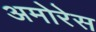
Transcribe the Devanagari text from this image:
अमोरेस